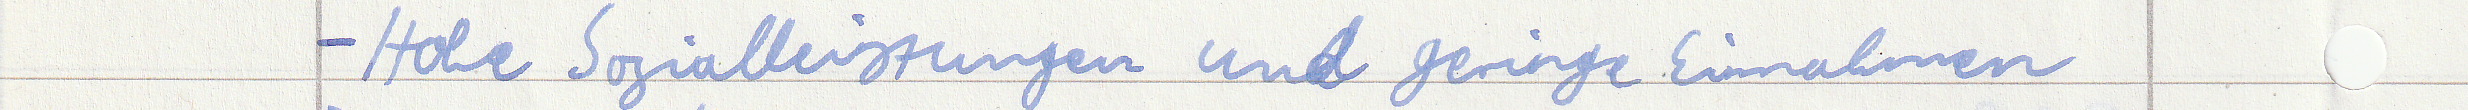
- Hohe Sozialleistungen und geringe Einnahmen